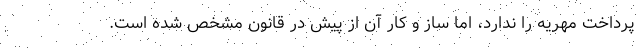
پرداخت مهریه را ندارد، اما ساز و کار آن از پیش در قانون مشخص شده است.